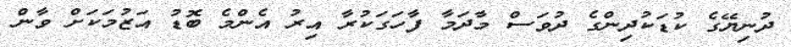
ދުނިޔޭގެ ކުޑަކުދިންގެ ދުވަސް މާދަމާ ފާހަގަކުރާ އިރު އެންމެ ބޮޑު އަޒުމަކަށް ވާން